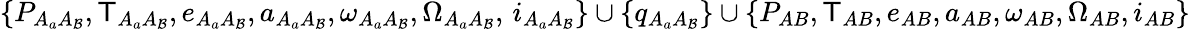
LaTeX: \{ P_{A_{a}A_{\mathcal{B}}},\mathsf{T}_{A_{a}A_{\mathcal{B}}},e_{A_{a}A_{\mathcal{B}}},a_{A_{a}A_{\mathcal{B}}},\omega_{A_{a}A_{\mathcal{B}}},\Omega_{A_{a}A_{\mathcal{B}}},\, i_{A_{a}A_{\mathcal{B}}}\} \cup\{ q_{A_{a}A_{\mathcal{B}}}\} \cup\{ P_{AB},\mathsf{T}_{AB},e_{AB},a_{AB},\omega_{AB},\Omega_{AB},i_{AB}\}